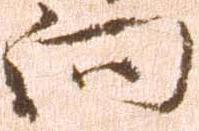
向